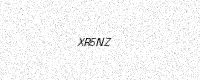
Text: XR5NZ